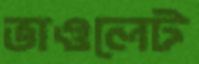
ভাওলেট